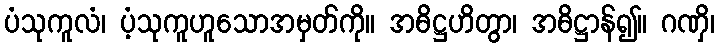
ပံသုကူလံ၊ ပံ့သုကူဟူသောအမှတ်ကို။ အဓိဋ္ဌဟိတွာ၊ အဓိဋ္ဌာန်၍။ ဂဏှိ၊